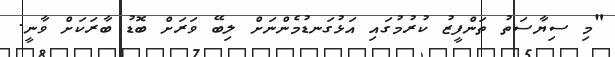
"މި ސިޔާސަތު ތަންފީޒު ކުރުމުގައި އަޅުގަނޑުމެންނަށް ލިބޭ ވަރަށް ބޮޑު ބާރަކަށް ވާނީ.